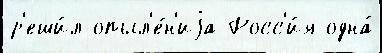
р'еши́л опыл'е́н'иjа Росс'и́я одна́